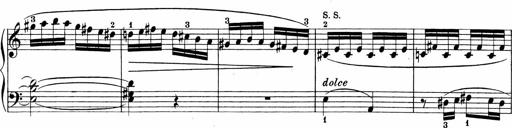
Title: 3 Sonatinas
Composer: Carl Reinecke